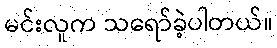
မင်းလူက သရော်ခဲ့ပါတယ်။